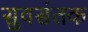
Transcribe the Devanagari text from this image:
सुवसंतक